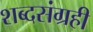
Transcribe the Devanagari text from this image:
शब्दसंग्रही